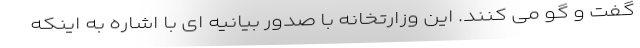
گفت و گو می کنند. این وزارتخانه با صدور بیانیه ای با اشاره به اینکه